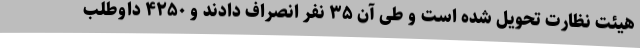
هیئت نظارت تحویل شده است و طی آن ۳۵ نفر انصراف دادند و ۴۲۵۰ داوطلب